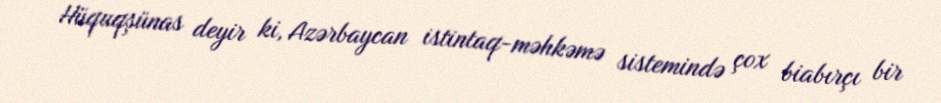
Hüquqşünas deyir ki, Azərbaycan istintaq-məhkəmə sistemində çox biabırçı bir